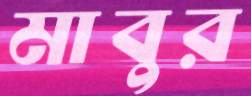
মাবুর